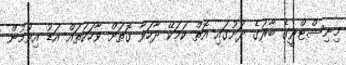
މިނިސްޓްރީގެ ބާރުގެ ދަށުގައި އޮތް ކަމަކޭ ދާހަވާ ގޮތަށް ވާހަކަތައް އަޑު އިވުމުން